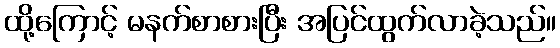
ထို့ကြောင့် မနက်စာစားပြီး အပြင်ထွက်လာခဲ့သည်။